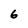
Character: 6